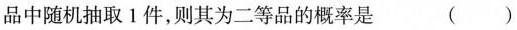
品中随机抽取1件，则其为二等品的概率是 ()